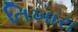
તિખારા